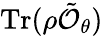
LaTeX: \mathrm{Tr}(\rho\tilde{\mathcal{O}}_{\theta})